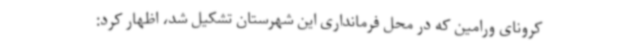
کرونای ورامین که در محل فرمانداری این شهرستان تشکیل شد، اظهار کرد: